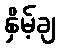
နှိမ့်ချ